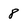
Character: 8